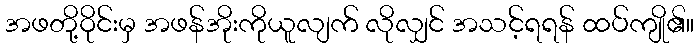
အဖတို့ဝိုင်းမှ အဖန်အိုးကိုယူလျက် လိုလျှင် အသင့်ရရန် ထပ်ကျို၏။